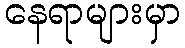
နေရာများမှာ